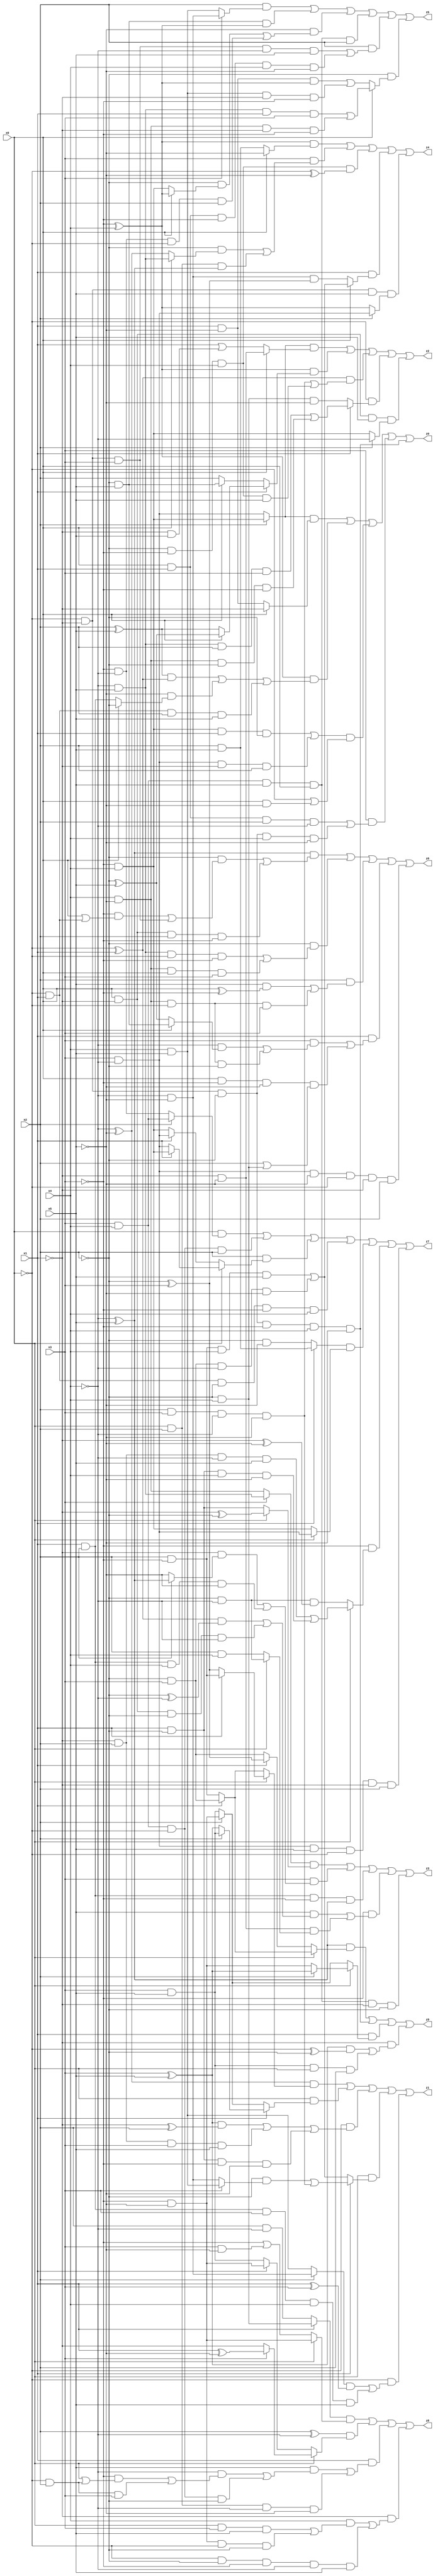
// Benchmark "X_71" written by ABC on Mon Jun 05 20:20:48 2023

module X_71 ( 
    x0, x1, x2, x3, x4, x5,
    z0, z1, z2, z3, z4, z5, z6, z7, z8, z9  );
  input  x0, x1, x2, x3, x4, x5;
  output z0, z1, z2, z3, z4, z5, z6, z7, z8, z9;
  assign z0 = ((x2 ? (~x3 & x4) : (x3 & ~x4)) & (x0 ? ~x1 : (x1 & ~x5))) | ((~x3 ^ x4) & (((x2 ^ x5) & (~x0 ^ x1)) | (~x5 & (x0 ? ~x2 : (x1 & x2))) | (~x0 & x1 & x2 & x5))) | (((~x3 & x4 & x1 & ~x2) | (x3 & ~x4 & ~x1 & x2)) & (~x0 | (x0 & ~x5))) | (x3 & ((x0 & x1 & x2 & ~x4) | (~x0 & ~x1 & ~x2 & x4 & ~x5))) | (~x0 & ~x1 & ~x2 & ~x3 & x4 & ~x5);
  assign z1 = ((~x4 ^ ~x5) & (x0 ? (x1 ? (x2 & ~x3) : (~x2 ^ x3)) : (x1 ? (~x2 & x3) : (x2 & ~x3)))) | (x0 & (x1 ? (x2 ? (x3 & x5) : (x3 ^ x5)) : (x2 ? (~x3 & ~x5) : (x3 & x5)))) | (~x0 & (((x3 ^ x5) & (~x1 ^ x2)) | (~x1 & x2 & x3 & x5) | (x1 & ~x2 & ~x3 & ~x5))) | (x0 & (x1 ? ((~x2 & (x3 ? (x4 & x5) : (~x4 & ~x5))) | (x2 & x3 & ~x4 & ~x5)) : ((x2 & ~x3 & x4 & x5) | (~x2 & x3 & ~x4 & ~x5)))) | (~x0 & (((x2 ? (~x4 & ~x5) : (x4 & x5)) & (x1 ^ x3)) | (x1 & x2 & x3 & x4 & x5)));
  assign z2 = ((x2 ? (~x3 & x4) : (x3 & ~x4)) & (x0 ? (~x1 & ~x5) : (x1 | (~x1 & x5)))) | ((~x3 ^ x4) & (x1 ? (x0 ? (~x2 ^ x5) : (x2 ^ x5)) : (x0 ? (~x2 & x5) : x2))) | ((~x0 ^ x1) & ((x2 & x3 & ~x4 & ~x5) | (~x2 & ~x3 & x4 & x5))) | (~x0 & (x1 ? ((~x4 & x5 & x2 & x3) | (x4 & ~x5 & ~x2 & ~x3)) : (~x2 & x4 & ~x5))) | (x0 & ~x1 & x5 & (x2 ? ~x4 : (~x3 & x4)));
  assign z3 = ((x3 ? (~x4 & x5) : (x4 & ~x5)) & (x0 ? (~x1 ^ ~x2) : (x1 & ~x2))) | (x3 & ((~x1 & (x2 ? (~x4 ^ x5) : ~x5)) | (x1 & x2 & x4 & ~x5))) | (x1 & x2 & ~x3 & (~x4 ^ x5)) | (~x3 & ((x5 & (((~x0 ^ x1) & (~x2 ^ ~x4)) | (x0 & ~x1 & ~x2 & ~x4))) | (~x1 & ~x5 & (x0 ? (~x2 & ~x4) : (x2 & x4))))) | (x3 & x4 & x5 & x0 & ~x1 & ~x2);
  assign z4 = ((~x3 ^ x4) & (x0 ? ~x5 : (x2 & x5))) | (x3 & ((~x2 & (x0 ? (~x4 & x5) : (~x4 ^ ~x5))) | (x0 & x2 & (~x4 ^ x5)))) | (~x2 & ~x3 & x4 & (~x0 ^ ~x5)) | (x1 & (x0 ? ((x2 & ~x3 & x4 & x5) | (~x2 & x3 & ~x4 & ~x5)) : (~x4 & ~x5 & (~x2 ^ x3)))) | (~x0 & ~x1 & x5 & (x2 ? (x3 & ~x4) : (~x3 ^ x4)));
  assign z5 = (x2 & (x3 ? (~x4 & ~x5) : (x4 & x5))) | (~x2 & x5 & (~x3 ^ x4)) | (~x5 & ((~x2 & (x0 ? (~x3 ^ x4) : (~x3 & x4))) | (~x3 & ~x4 & ~x0 & x2))) | (x3 & x4 & x5 & x0 & x2) | (x2 & ((~x0 & ~x1 & x3 & ~x4 & x5) | (x0 & x1 & ~x3 & x4 & ~x5))) | (~x2 & (x0 ? ((~x4 & x5 & x1 & x3) | (x4 & ~x5 & ~x1 & ~x3)) : ((x1 & ~x5 & (~x3 ^ x4)) | (x4 & x5 & ~x1 & ~x3))));
  assign z6 = ((~x4 ^ x5) & ((~x2 & ((~x3 & (x0 | (~x0 & x1))) | (~x0 & ~x1 & x3))) | (x0 & ~x1 & x2 & ~x3))) | (~x2 & ((~x4 & x5 & ~x0 & ~x3) | (x4 & ~x5 & x0 & x3))) | (x2 & ((x5 & (x0 ^ ~x3)) | (x4 & ~x5 & ~x0 & x3))) | (x1 & ((x3 & ((~x4 & (x0 ? (~x2 & x5) : (~x2 ^ x5))) | (x4 & ~x5 & ~x0 & ~x2))) | (x0 & ~x3 & ~x5 & (x2 | (~x2 & x4))))) | (x3 & ~x4 & ~x5 & ~x0 & ~x1 & x2);
  assign z7 = (x0 & (x2 ? (x3 & x4) : (~x3 & ~x4))) | (x3 & x4 & ~x0 & x2) | (x2 & (x0 ? (x1 ? (~x3 & x4) : (x3 & ~x4)) : (x1 ? (x3 & ~x4) : (~x3 & x4)))) | (~x0 & x1 & ~x2 & ~x3 & x4) | ((x1 ? (x2 & x5) : (~x2 & ~x5)) & (x0 ? (x3 & ~x4) : (~x3 & x4))) | (~x3 & (x0 ? ((~x1 & x2 & ~x4 & x5) | (x1 & ~x2 & x4 & ~x5)) : (~x2 & ~x4 & (~x1 ^ ~x5)))) | (x3 & ~x4 & x5 & ~x0 & ~x1 & x2);
  assign z8 = ((x1 ? (~x2 & x4) : (x2 & ~x4)) & (x0 ? (~x3 & ~x5) : (~x3 | (x3 & ~x5)))) | ((x2 ^ ~x4) & (x0 ? (x3 ? (x1 ^ ~x5) : ~x1) : (x1 ? (~x3 & ~x5) : (x3 & x5)))) | (x1 & ((x5 & ((~x4 & ((~x3 & (x0 | (~x0 & x2))) | (~x0 & x2 & x3))) | (x3 & x4 & ~x0 & ~x2))) | (x0 & x2 & ~x4 & ~x5))) | (~x1 & ((x4 & ((x0 & x3 & x5) | (~x3 & ~x5 & ~x0 & ~x2))) | (~x0 & ~x2 & ~x3 & ~x4 & x5)));
  assign z9 = ((~x4 ^ x5) & (x0 ? (x1 ? (~x2 & x3) : (x2 & ~x3)) : (x1 ? (~x2 ^ x3) : (~x2 & x3)))) | (~x0 & ~x1 & ~x2 & ~x3 & x4 & ~x5) | (x1 & (x0 ? (x2 ? (x3 ^ x5) : (~x3 & ~x5)) : (x2 ? (~x3 & ~x5) : (x3 & x5)))) | (~x1 & (((x3 ^ x5) & (~x0 ^ ~x2)) | (x3 & x5 & x0 & x2)));
endmodule